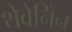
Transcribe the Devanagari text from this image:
थेवेनिंन